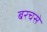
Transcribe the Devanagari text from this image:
बरचसे